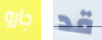
جارو قد